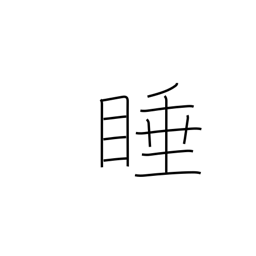
Meaning: drowsy